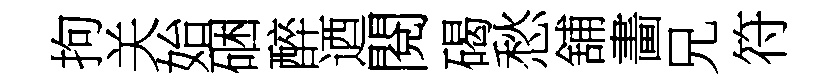
拘关始硱醉迺閱碣愁舖畵兄符